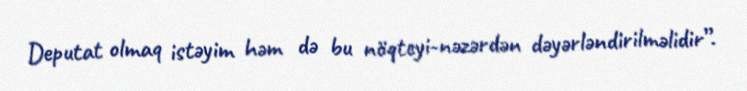
Deputat olmaq istəyim həm də bu nöqteyi-nəzərdən dəyərləndirilməlidir”.